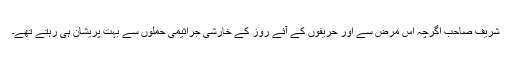
شریف صاحب اگرچہ اس مرض سے اور حریفوں کے ٓآئے روز کے خارشی جراثیمی حملوں سے بہت پریشان ہی رہتے تھے۔